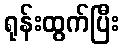
ရုန်းထွက်ပြီး